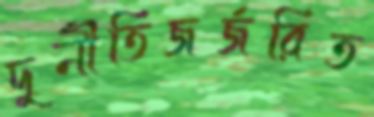
দুর্নীতিজর্জরিত